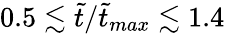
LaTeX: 0.5\lesssim\tilde{t}/\tilde{t}_{max}\lesssim 1.4